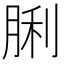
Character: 脷